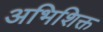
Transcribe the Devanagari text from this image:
अभिशिक्त